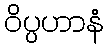
ဝိပ္ပဟာနံ